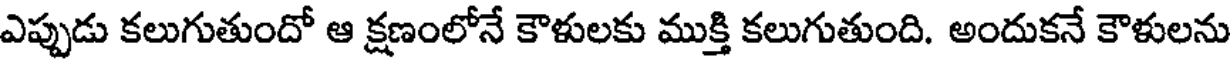
ఎప్పుడు కలుగుతుందో ఆ క్షణంలోనే కౌళులకు ముక్తి కలుగుతుంది. అందుకనే కౌళులను